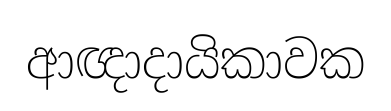
ආඥාදායිකාවක